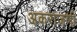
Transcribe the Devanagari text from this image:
अकराजणी